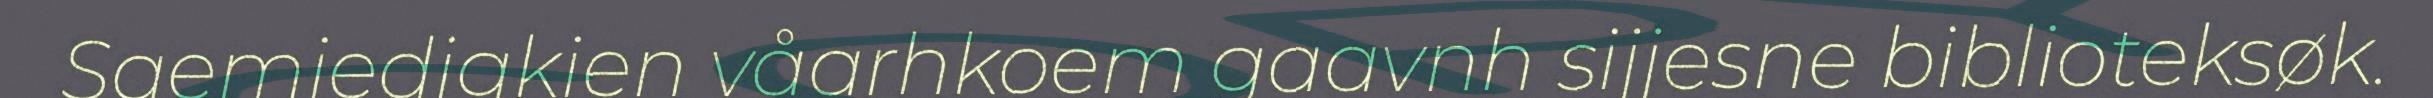
Saemiedigkien våarhkoem gaavnh sijjesne biblioteksøk.